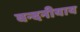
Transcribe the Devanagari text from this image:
वन्दनीयाय